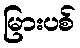
မြားပစ်